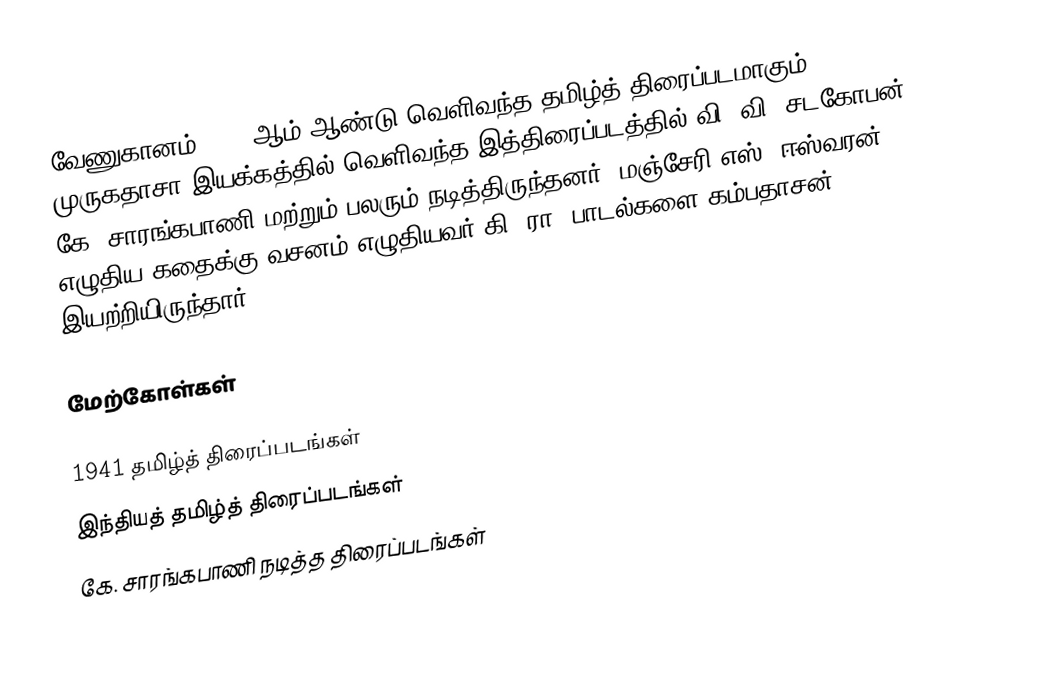
வேணுகானம் 1941 ஆம் ஆண்டு வெளிவந்த தமிழ்த் திரைப்படமாகும். முருகதாசா இயக்கத்தில் வெளிவந்த இத்திரைப்படத்தில் வி. வி. சடகோபன், கே. சாரங்கபாணி மற்றும் பலரும் நடித்திருந்தனர். மஞ்சேரி எஸ். ஈஸ்வரன் எழுதிய கதைக்கு வசனம் எழுதியவர் கி. ரா. பாடல்களை கம்பதாசன் இயற்றியிருந்தார்.

மேற்கோள்கள்

1941 தமிழ்த் திரைப்படங்கள்
இந்தியத் தமிழ்த் திரைப்படங்கள்
கே. சாரங்கபாணி நடித்த திரைப்படங்கள்